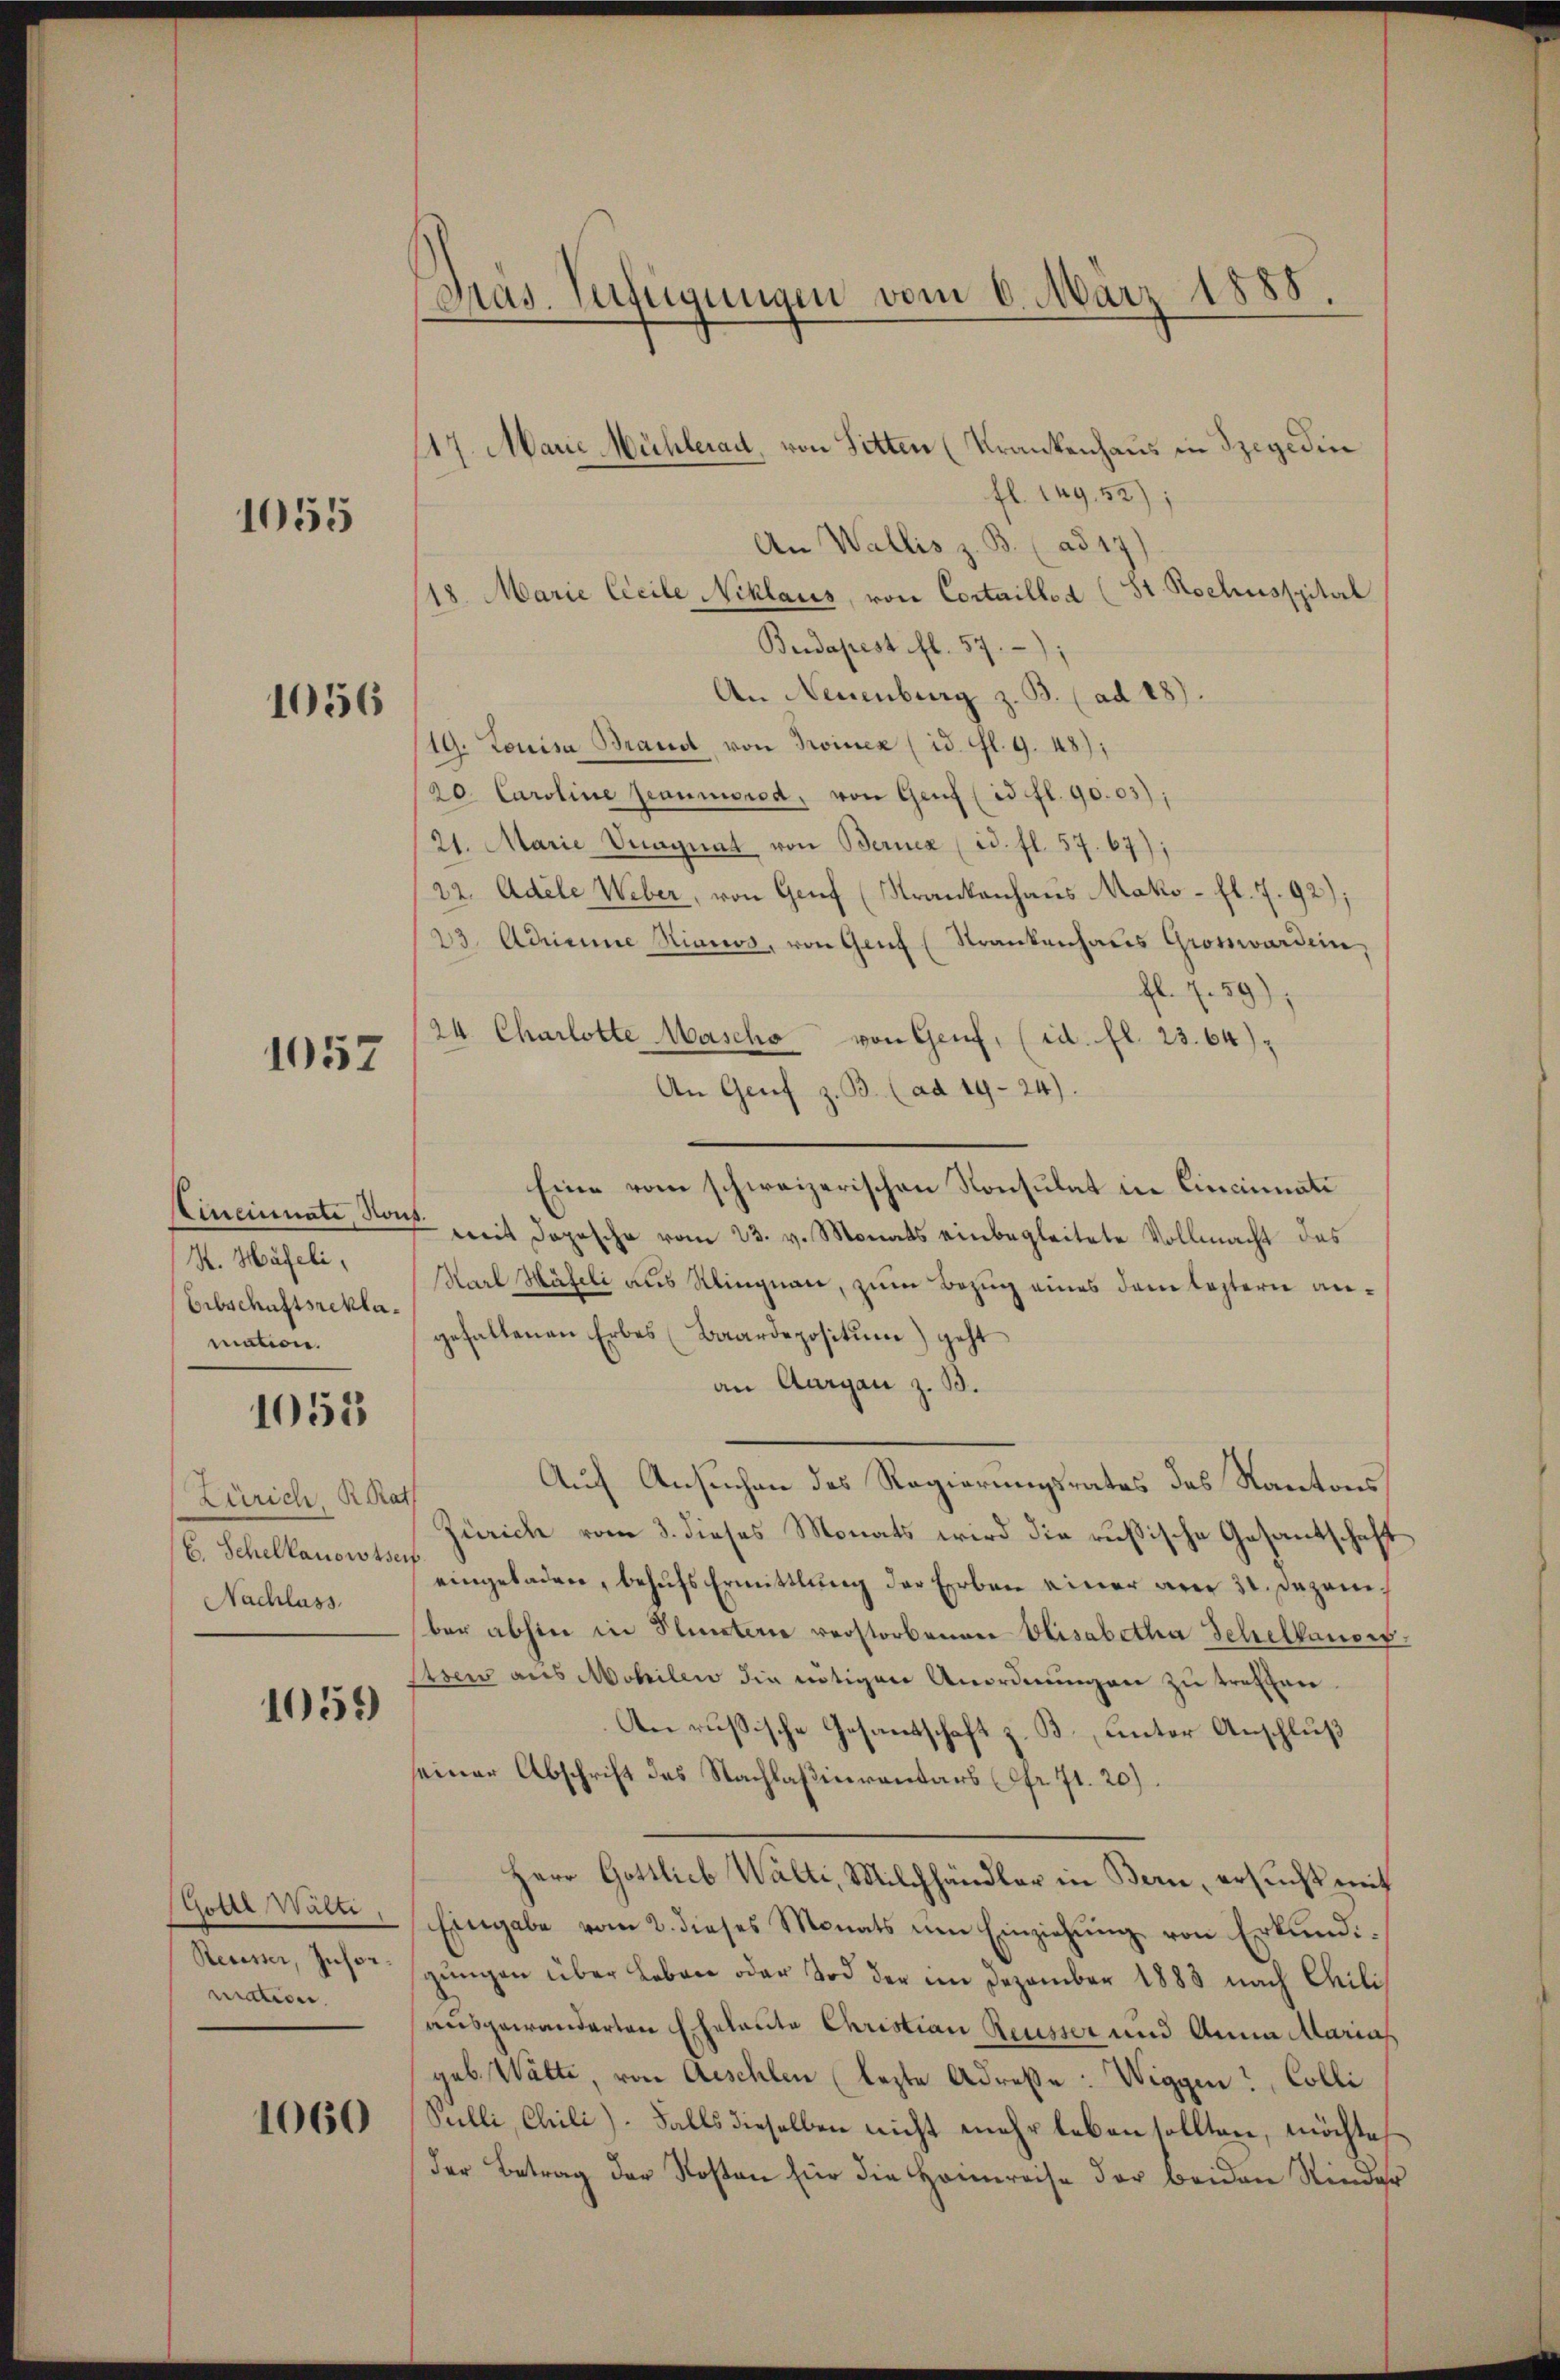
1055

1056

1057

Kineinnate, von
H. Häfeli,
Erbschaftsreklamation.

1055

Zürich. R. Rat
E. Schellanowsser
Nachlass

1056)

Stolle Wälti
Reusser, Insor
mation.

1060

Präs. Verfügungen vom 6. März 1888.

117. Marie Mühlerad, von Sitten (Krankenhaus in Szegedin
fl. 149,52);
An Wallis z. B. (ad 17)
/18. Marie Cicile Niklaus, von Cortaillod (St. Nochusspital
Budapest fl. 57.
An Neuenburg z. B. (ad 187.
19. Louisa Brand von Troinez (id. fl. 9. 48);
20. Caroline Reaumorod, von Genf (id fl. 90.03);
21. Marie Vuagnat von Berner (id. fl. 57. 67);
22. Adele Weber, von Genf (Krankenhaus Mako- fl. 7. 92);
23. Adrianne Hinws, von Genf (Strankenhaus Grossworden,
fl. 7. 59);
24. Charlotte Masche von Genf, (id. fl. 23.64)
An Genf z. B. (ad 19-24).
Eine vom schweizerischen Konsulat in Cincinati
f mit dopesche vom 23. v. Monats einbegleitete Vollmacht des
Karl Häfeli aus Klingnau, zum Bezug eines dem leztern angefallenen Erbes (Baardepositum) geht
an Aargau z. B.
Auf Ansuchen des Regierungsrates des Kantons
Zürich vom 3. dieses Monats wird die russische Gesantschaft
eingeladen, behufs Ermittlung der Erben einer aner 30. Dezember abhin in Stunterie verstorbenen Elisabetha Schelhauser
ssen aus Mobilen die nötigen Anordnungen zu treffen.
An russische Gesandtschaft z. B., unter Anschluß
seiner Abschrift des Nachlaßinventars (fr. 71. 20).
Herr Gottlieb Walti, Milchhändler in Bern, ersucht mit
Eingabe vom 2. dieses Monats um Einziehung von Erkundigŭngen über Leben oder Tod der im Dezember 1883 nach Chili
ausgewanderten Eheleute Christian Reusser und Anna Marias
geb. Walte, von Aeschlen (lezte Adresse: Wiggen, Colli
Sulli, Chili). Falls dieselben nicht mehr leben sollten, möchtes
Der Betrag der Kosten für die Heimreise der beiden Kinder